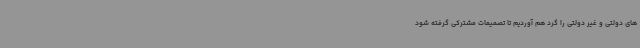
های دولتی و غیر دولتی را گرد هم آوردیم تا تصمیمات مشترکی گرفته شود